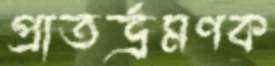
প্রাতর্ভ্রমণক